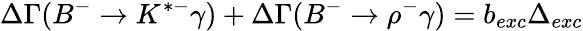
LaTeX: \Delta\Gamma(B^{-}\to K^{*-}\gamma)+\Delta\Gamma(B^{-}\to\rho^{-}\gamma)=b_{exc}\Delta_{exc}